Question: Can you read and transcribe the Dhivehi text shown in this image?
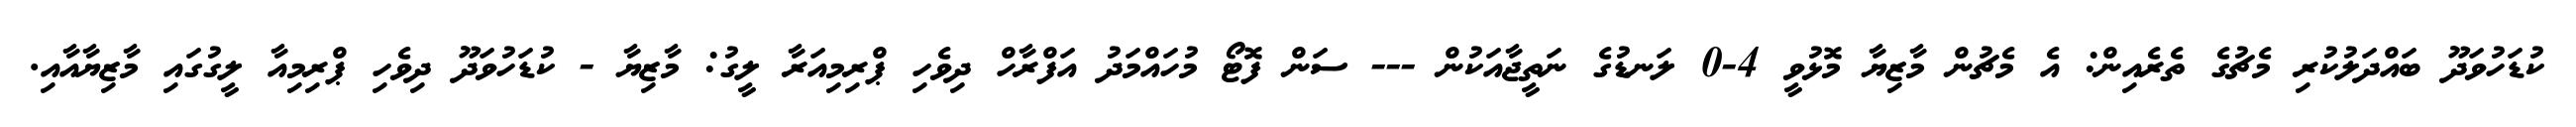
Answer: ކުޑަހުވަދޫ ބައްދަލުކުރި މެޗުގެ ތެރެއިން: އެ މެޗުން މާޒިޔާ މޮޅުވީ 4-0 ލަނޑުގެ ނަތީޖާއަކުން --- ސަން ފޮޓޯ މުހައްމަދު އަފްރާހް ދިވެހި ޕްރިމިއަރާ ލީގު: މާޒިޔާ - ކުޑަހުވަދޫ ދިވެހި ޕްރިމިއާ ލީގުގައި މާޒިޔާއާއި.